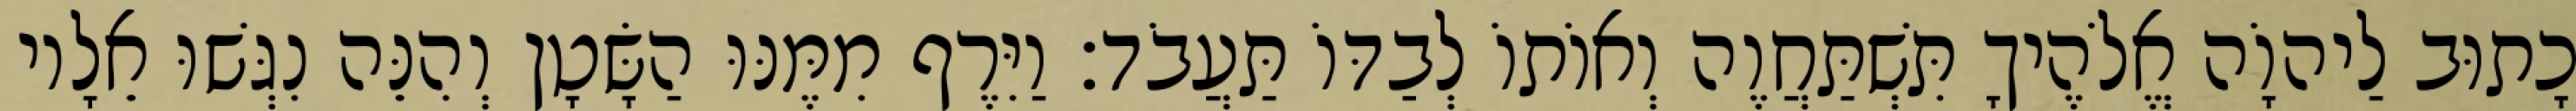
כָתוּב לַיהוָֹה אֱלֹהֶיךָ תִּשְׁתַּחֲוֶה וְאוֹתוֹ לְבַדּוֹ תַּעֲבֹד׃ וַיִּרֶף מִמֶּנּוּ הַשָּׂטָן וְהִנֵּה נִגְּשׁוּ אֵלָיו